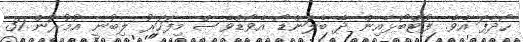
ހޯދާފަ އެވެ. ފުޓްބޯޅާއިން ދޭ ބެލަންޑޯ އެވޯޑްވެސް މިފަހަރު ލިބުނީ އުމުރުން 31